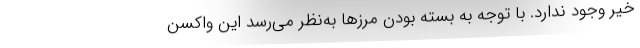
خیر وجود ندارد. با توجه به بسته بودن مرزها به‌نظر می‌رسد این واکسن